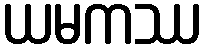
ယမကဿ